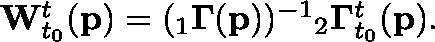
\begin{array} { r } { \mathbf { W } _ { t _ { 0 } } ^ { t } ( \mathbf { p } ) = ( { } _ { 1 } \mathbf { \Gamma } ( \mathbf { p } ) ) ^ { - 1 } { } _ { 2 } \mathbf { \Gamma } _ { t _ { 0 } } ^ { t } ( \mathbf { p } ) . } \end{array}